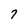
Character: 7